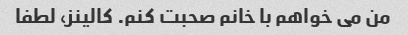
من می خواهم با خانم صحبت کنم. کالینز، لطفا